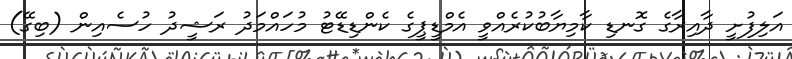
އަލިފުށީ ދާއިރާގެ ގޮނޑި ކާމިޔާބުކުރެއްވީ އެމްޑީޕީގެ ކެންޑިޑޭޓު މުހައްމަދު ރަޝީދު ހުސެއިން (ބިގޭ)